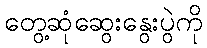
တွေ့ဆုံဆွေးနွေးပွဲကို